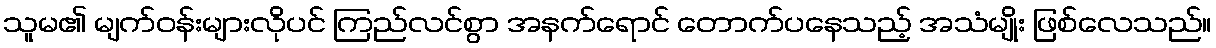
သူမ၏ မျက်ဝန်းများလိုပင် ကြည်လင်စွာ အနက်ရောင် တောက်ပနေသည့် အသံမျိုး ဖြစ်လေသည်။